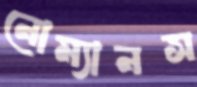
নোম্যানস